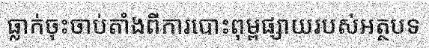
ធ្លាក់ចុះចាប់តាំងពីការបោះពុម្ពផ្សាយរបស់អត្ថបទ